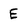
Character: E